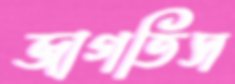
জাগতিস